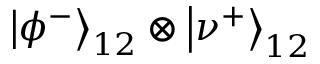
\left| \phi ^ { - } \right\rangle _ { 1 2 } \otimes \left| \nu ^ { + } \right\rangle _ { 1 2 }